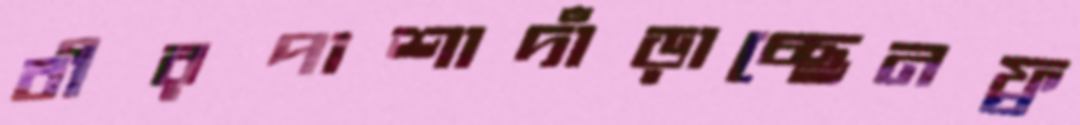
বীরপাশাদাঁড়াচ্ছেনফ্র